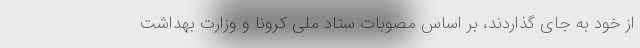
از خود به جای گذاردند، بر اساس مصوبات ستاد ملی کرونا و وزارت بهداشت